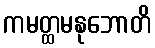
ကမတ္ထမနုဘောတိ